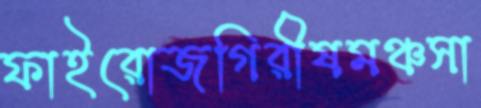
ফাইরোজগিরীষমঞ্চসা